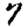
Digit: 7